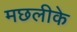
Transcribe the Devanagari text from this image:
मछलीके